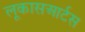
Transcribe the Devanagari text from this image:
लूकासआर्टस